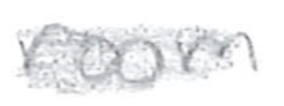
Text: room
Cross-out: scratch
Writing tool: pencil